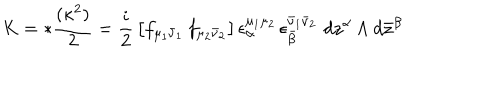
LaTeX: K = * { \frac { ( \kappa ^ { 2 } ) } { 2 } } = { \frac { i } { 2 } } \left[ f _ { \mu _ { 1 } \bar { \nu } _ { 1 } } \, f _ { \mu _ { 2 } \bar { \nu } _ { 2 } } \right] \epsilon _ { \hspace { 0 . 2 5 i n } \alpha } ^ { \mu _ { 1 } \mu _ { 2 } } \, \epsilon _ { \hspace { 0 . 2 5 i n } \bar { \beta } } ^ { \bar { \nu } _ { 1 } \bar { \nu } _ { 2 } } \, \, d z ^ { \alpha } \wedge d \bar { z } ^ { \beta }